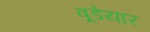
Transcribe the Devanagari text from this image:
वूडेयार